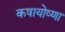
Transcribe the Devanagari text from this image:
कषायोष्णा